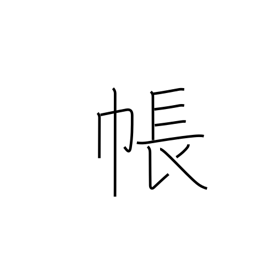
Meaning: account book